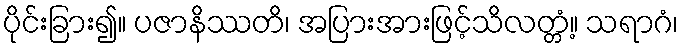
ပိုင်းခြား၍။ ပဇာနိဿတိ၊ အပြားအားဖြင့်သိလတ္တံ့။ သရာဂံ၊